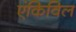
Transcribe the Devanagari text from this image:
एंकिविल